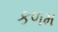
કળમ